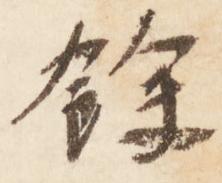
余